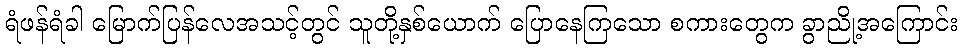
ရံဖန်ရံခါ မြောက်ပြန်လေအသင့်တွင် သူတို့နှစ်ယောက် ပြောနေကြသော စကားတွေက ခွာညို့အကြောင်း